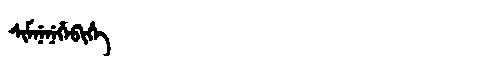
Manchu: ᠰᡳᠮᠨᡝᠨᡝᡥᡝᠪᡳᡥᡝ
Romanization: SIMNENEHEBIHE